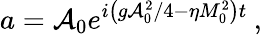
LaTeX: a=\mathcal{A}_{0}e^{{i\left({g\mathcal{A}_{0}^{2}}/{4}-\eta M_{0}^{2}\right)t}}\: ,